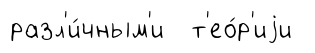
разл'и́чным'и т'ео́р'иjи